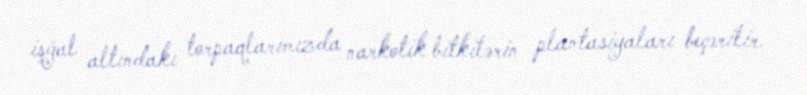
işğal altındakı torpaqlarımızda narkotik bitkilərin plantasiyaları beçərilir.